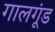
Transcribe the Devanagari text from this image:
गालगूंड